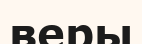
веры